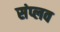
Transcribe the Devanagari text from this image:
संप्लव